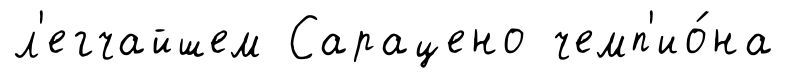
л'егчайшем Сарацено чемп'ио́на